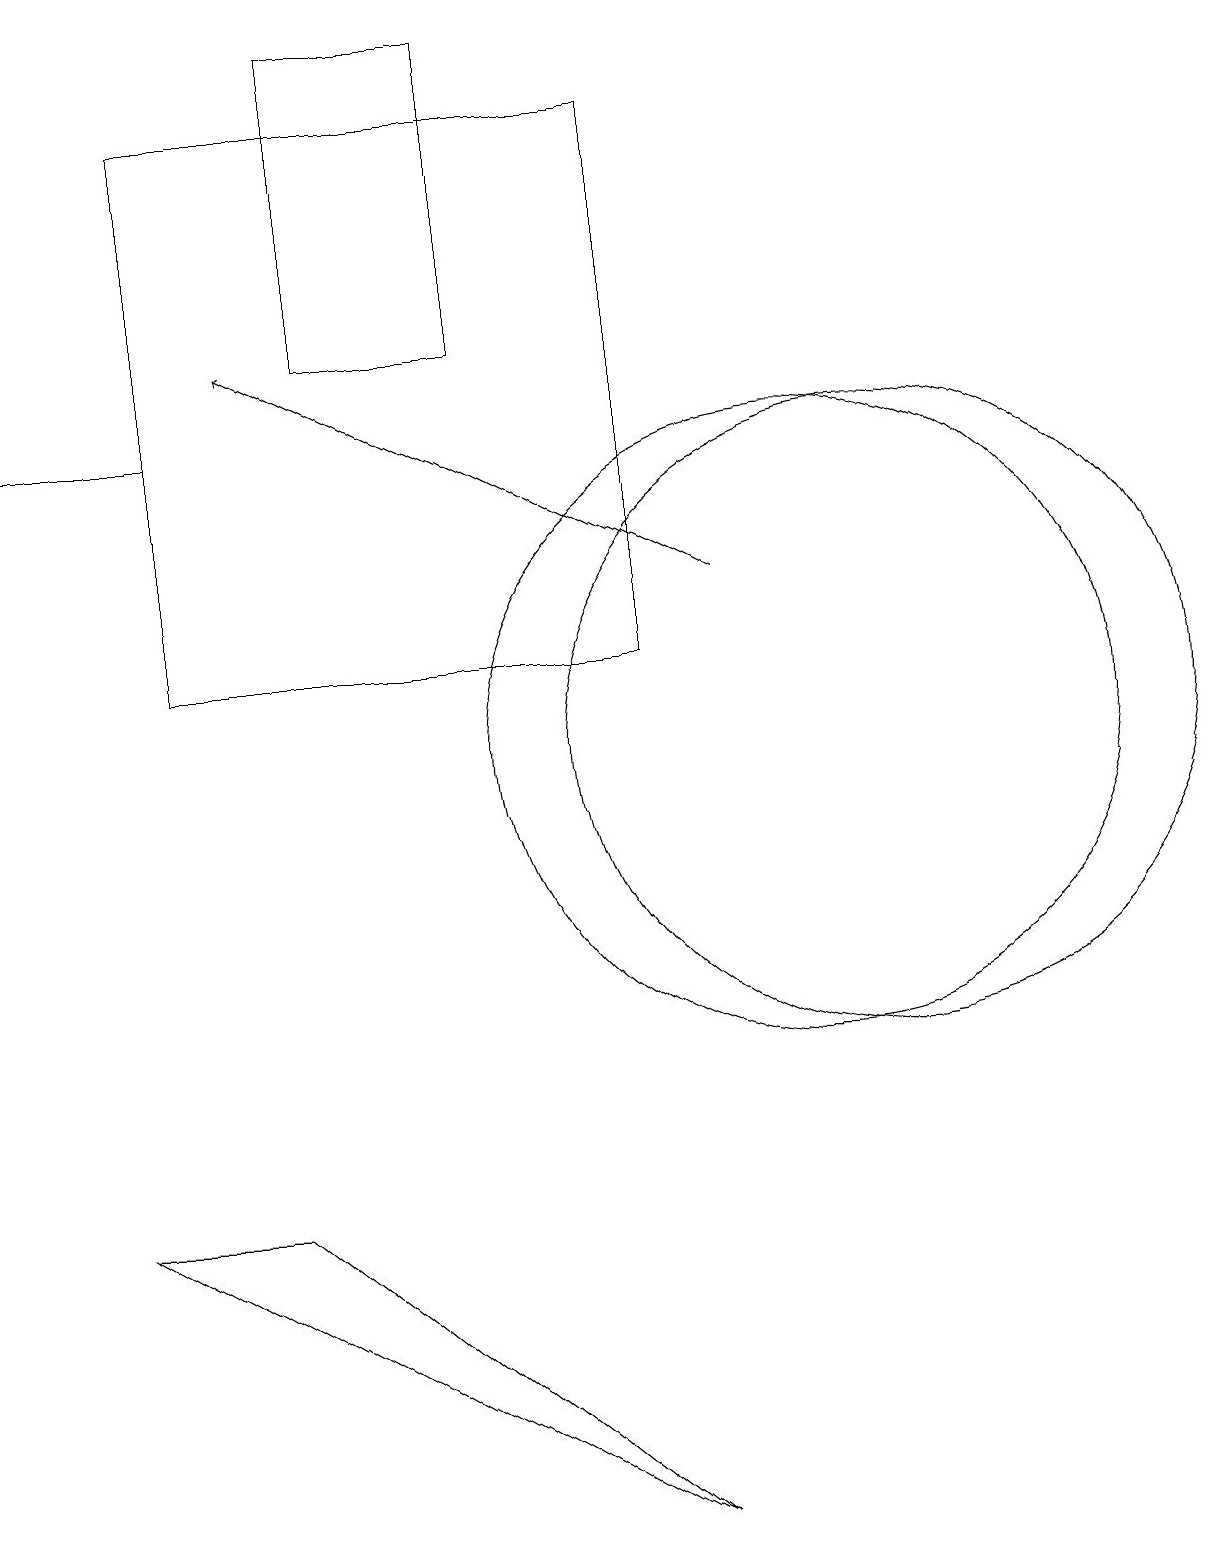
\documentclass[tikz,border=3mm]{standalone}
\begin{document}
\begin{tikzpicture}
\draw (4,19) rectangle (6,15);
\draw (10,10) circle (4);
\draw[->] (9,12) -- (3,15);
\draw (2,14) rectangle (0,14);
\draw (2,11) rectangle (8,18);
\draw (3,4) -- (8,0) -- (1,4) -- cycle;
\draw (11,10) circle (4);
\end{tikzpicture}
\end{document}